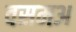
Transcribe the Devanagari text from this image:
वसमअ